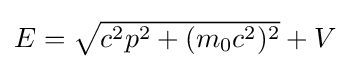
{\textstyle E={\sqrt {c^{2}p^{2}+(m_{0}c^{2})^{2}}}+V}